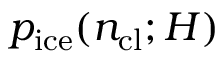
p _ { \mathrm { i c e } } ( n _ { \mathrm { c l } } ; H )